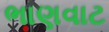
ભાણવાટ